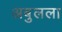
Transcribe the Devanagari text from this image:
अबुलला